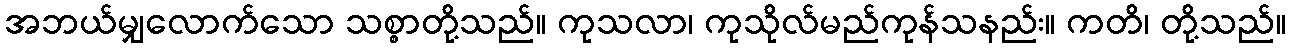
အဘယ်မျှလောက်သော သစ္စာတို့သည်။ ကုသလာ၊ ကုသိုလ်မည်ကုန်သနည်း။ ကတိ၊ တို့သည်။